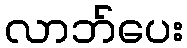
လာဘ်ပေး